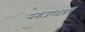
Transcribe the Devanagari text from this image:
मनोज्ञपल्लवोत्तं